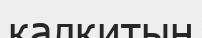
қалқитын